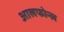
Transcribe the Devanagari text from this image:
आलफोन्ल